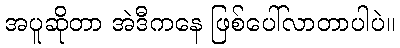
အပူဆိုတာ အဲဒီကနေ ဖြစ်ပေါ်လာတာပါပဲ။